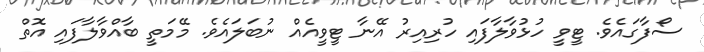
ސޯފާގައެވެ. ޓީވީ ހުޅުވާލާފައި ހުރިއިރު އޭނާ ޓީވީއެއް ނުބަލައެވެ. މޭމަތީ ބާއްވާލާފައި އޮތް